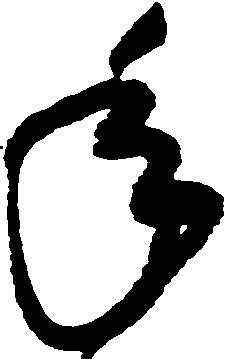
年